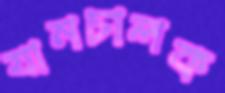
যানচালক